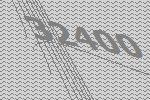
32400